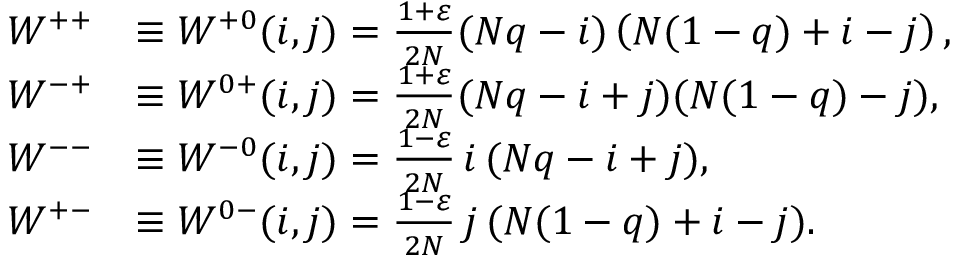
\begin{array} { r l } { W ^ { + + } } & { \equiv W ^ { + 0 } ( i , j ) = \frac { 1 + \varepsilon } { 2 N } ( N q - i ) \left( N ( 1 - q ) + i - j \right) , } \\ { W ^ { - + } } & { \equiv W ^ { 0 + } ( i , j ) = \frac { 1 + \varepsilon } { 2 N } ( N q - i + j ) ( N ( 1 - q ) - j ) , } \\ { W ^ { -- } } & { \equiv W ^ { - 0 } ( i , j ) = \frac { 1 - \varepsilon } { 2 N } \thinspace i \thinspace ( N q - i + j ) , } \\ { W ^ { + - } } & { \equiv W ^ { 0 - } ( i , j ) = \frac { 1 - \varepsilon } { 2 N } \thinspace j \thinspace ( N ( 1 - q ) + i - j ) . } \end{array}